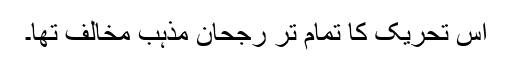
اس تحریک کا تمام تر رجحان مذہب مخالف تھا۔